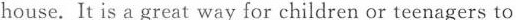
house. It is a great way for children or teenagers to